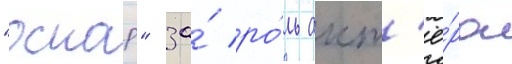
"оскар" за́ ро́ль акт'ё́ра